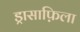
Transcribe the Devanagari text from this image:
ड्रासाफ़िला